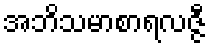
အဘိသမာစာရလဇ္ဇီ